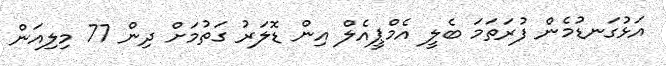
އަޅުގަނޑުމެން ފުރަތަމަ ބެލީ އެމްޕީއެލް އިން ޑޮލަރު ގަތުމަށް ދިން 77 މިލިއަން